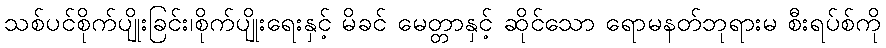
သစ်ပင်စိုက်ပျိုးခြင်း၊စိုက်ပျိုးရေးနှင့် မိခင် မေတ္တာနှင့် ဆိုင်သော ရောမနတ်ဘုရားမ စီးရပ်စ်ကို